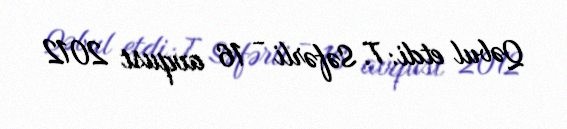
Qəbul etdi: T. Səfərli - 16 avqust 2012